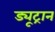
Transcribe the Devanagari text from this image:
ड्यूट्रान